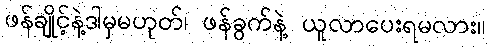
ဖန်ချိုင့်နဲ့ဒါမှမဟုတ်၊ ဖန်ခွက်နဲ့ ယူလာပေးရမလား။